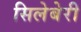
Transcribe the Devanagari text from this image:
सिलेबेरी